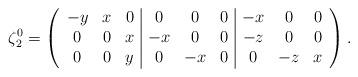
LaTeX: \begin{align*}\zeta_2^0=\left(\begin{array}{ccc|ccc|ccc} -y&x &0& 0& 0& 0&-x& 0&0\\ 0&0 &x&-x& 0& 0&-z& 0&0\\ 0&0 &y& 0&-x& 0& 0&-z&x\end{array}\right).\end{align*}